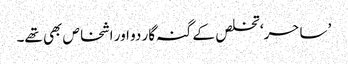
’ ساحر‘ تخلص کے گنہ گار دو اور اشخاص بھی تھے۔